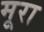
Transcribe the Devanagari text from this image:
मूरा